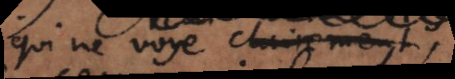
qui ne voye clairement,